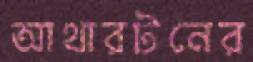
আথারটনের